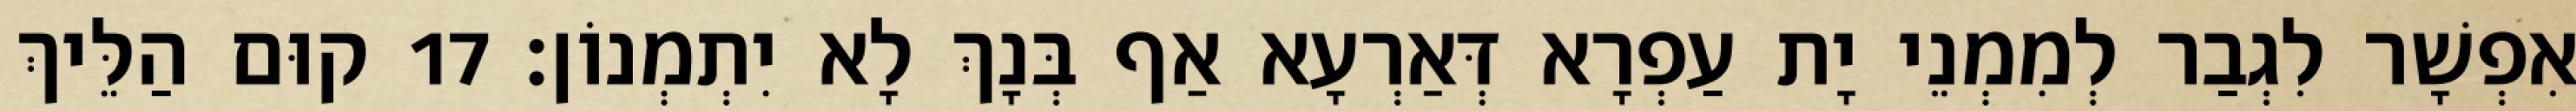
אִפְשָׁר לִגְבַר לְמִמְנֵי יָת עַפְרָא דְּאַרְעָא אַף בְּנָךְ לָא יִתְמְנוֹן׃ 17 קוּם הַלֵּיךְ